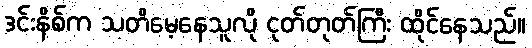
ဒင်းနိစ်က သတိမေ့နေသူလို ငုတ်တုတ်ကြီး ထိုင်နေသည်။